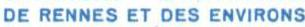
DE RENNES ET DES ENVIRONS